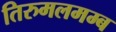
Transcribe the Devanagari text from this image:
तिरुमलमम्ब